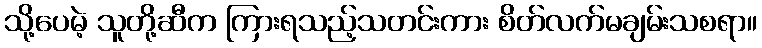
သို့ပေမဲ့ သူတို့ဆီက ကြားရသည့်သတင်းကား စိတ်လက်မချမ်းသစရာ။